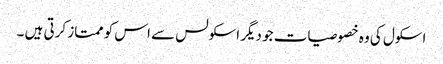
اسکول کی وہ خصوصیات جو دیگر اسکولس سے اس کو ممتاز کرتی ہیں ۔